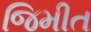
જિમીત